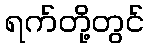
ရက်တို့တွင်